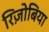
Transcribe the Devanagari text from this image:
रिज़ोबिया